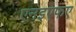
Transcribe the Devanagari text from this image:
एनइएफए